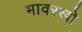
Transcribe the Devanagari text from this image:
भावरखो